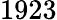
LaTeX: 1923